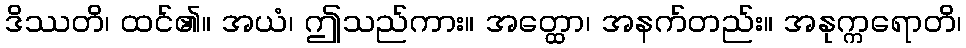
ဒိဿတိ၊ ထင်၏။ အယံ၊ ဤသည်ကား။ အတ္ထော၊ အနက်တည်း။ အနုက္ကရောတိ၊